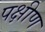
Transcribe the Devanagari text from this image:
पक्षीण